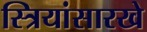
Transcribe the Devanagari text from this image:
स्त्रियांसारखे